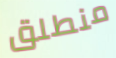
منطلق